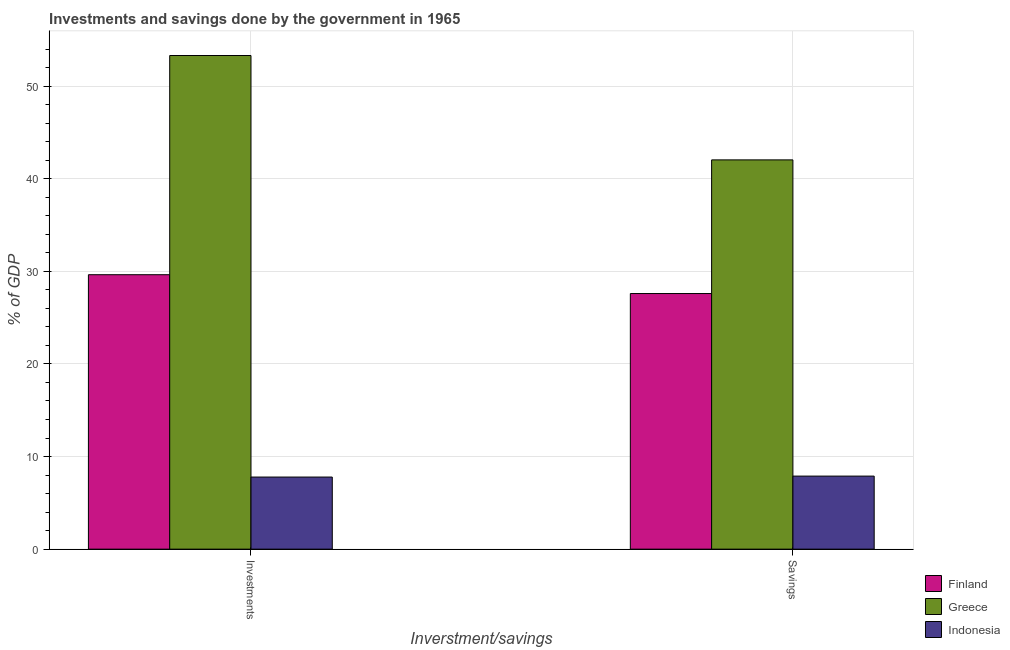
| Inverstment/savings | Finland | Greece | Indonesia |
 | --- | --- | --- | --- |
 | Investments | 29.6 | 53.3 | 7.79 |
 | Savings | 27.6 | 42 | 7.89 |